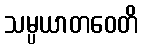
သမ္ပယာတဝေတိ